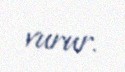
vurur.